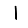
Digit: 1